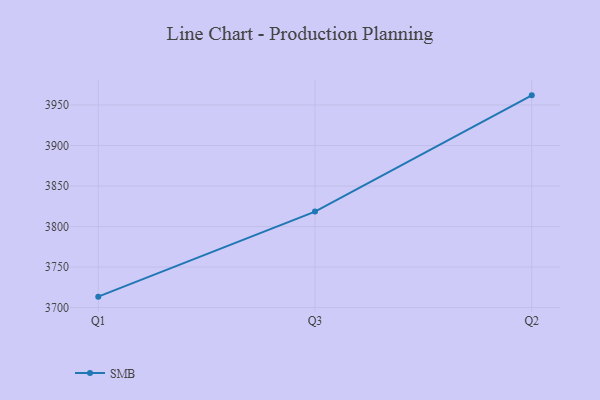
{"axis": {"x": "Quarter", "y": "Backlog"}, "legend": ["SMB"], "data": [{"x": "Q1", "y": 3713.5, "type": "SMB"}, {"x": "Q3", "y": 3818.5, "type": "SMB"}, {"x": "Q2", "y": 3961.9, "type": "SMB"}]}